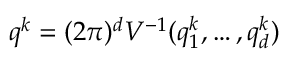
\boldsymbol { q } ^ { k } = { ( 2 \pi ) ^ { d } } V ^ { - 1 } ( q _ { 1 } ^ { k } , \dots , q _ { d } ^ { k } )